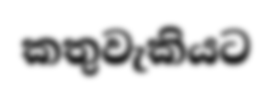
කතුවැකියට